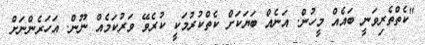
"ކެތްތެރިވަނީ ބައެއް މީހުން. އަނެއް ބަޔަކަށް ކެތްކުރުމަކީ ކުރެވޭ ވަރުކަމެއް ނޫން. އަހަރެންނަށް